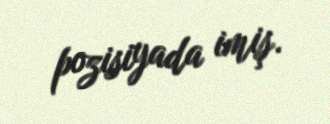
pozisiyada imiş.